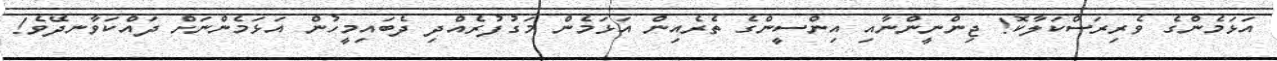
އަޅަމެންގެ ވެރިރަސްކަލާކޮ! ޖިންނީންނާއި އިންސީންގެ ތެރެއިން އަޅަމެން މަގުފުރެއްދި ދެބައިމީހުން އަޅަމެންނަށް ދައްކަވާނދޭވެ!